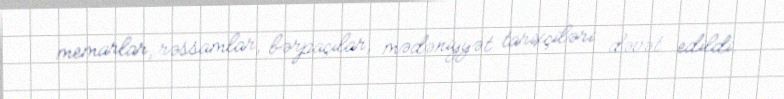
memarlar, rəssamlar, bərpaçılar, mədəniyyət tarixçiləri dəvət edildi.